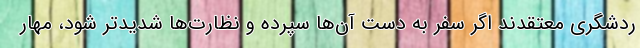
ردشگری معتقدند اگر سفر به دست آن‌ها سپرده و نظارت‌ها شدیدتر شود، مهار